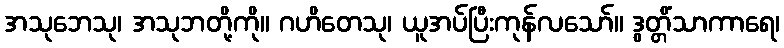
အသုဘေသု၊ အသုဘတို့ကို။ ဂဟိတေသု၊ ယူအပ်ပြီးကုန်လသော်။ ဒွတ္တိံသာကာရေ၊